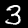
Label: 3